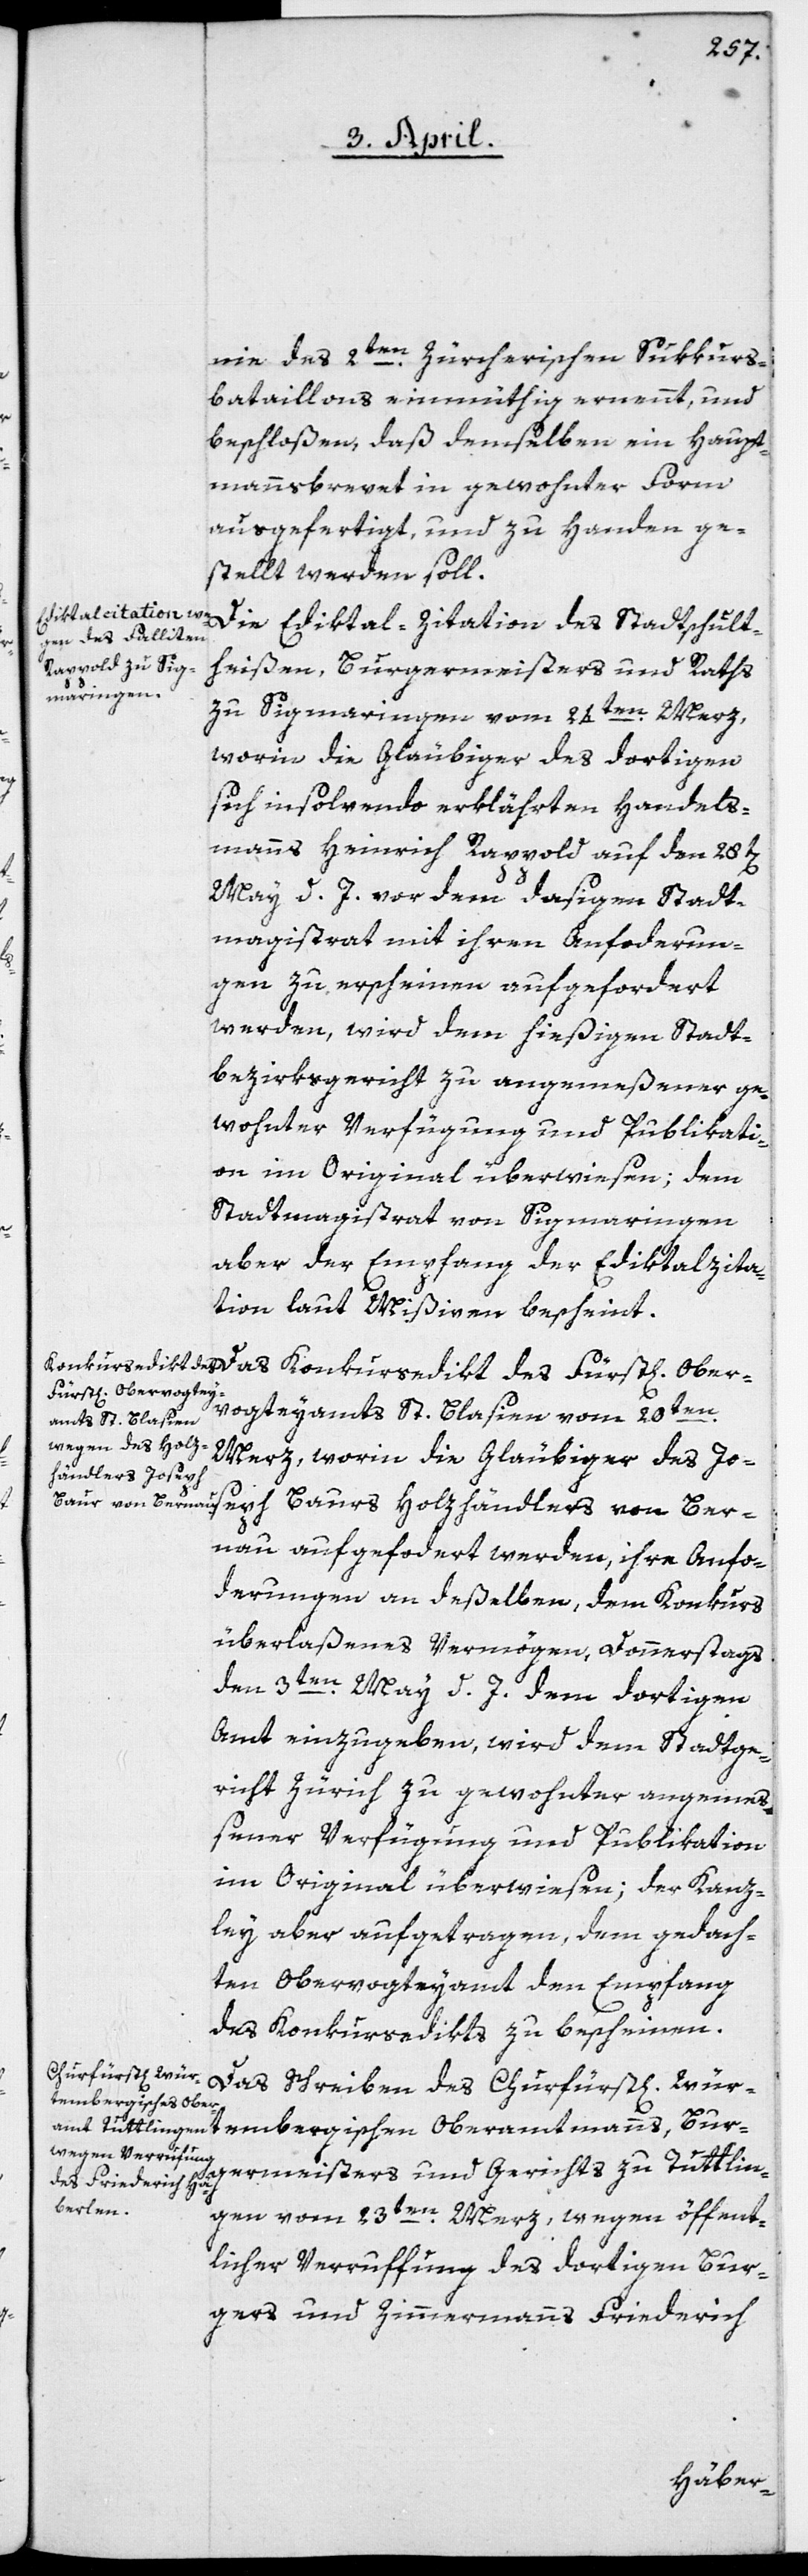
Ber¬
nie des 2ten Zürcherischen Sukkurs¬
bataillons einmüthig ernennt, und
beschloßen, daß demselben ein Haupt¬
mannsbrevet in gewohnter Form
ausgefertigt und zu Handen ge¬
stellt werden soll.
mtmanns, Burgermeisters und Gerichts
zu Sigmaringen vom 24ten Merz,
worin die Gläubiger des dortigen
sich insolvendo erklährten Handels¬
manns Heinrich Rappold auf den 28t[en]
May d. J. vor dem dasigen Stadt¬
magistrat mit ihren Anforderun¬
gen zu erscheinen aufgefordert
werden, wird dem hießigen Stadt¬
bezirksgericht zu angemeßener ge¬
wohnter Verfügung und Publikati¬
on im Original überwiesen; dem
Stadtmagistrat von Sigmaringen
aber der Empfang der Ediktalzita¬
tion laut Mißiven bescheint.
vogteyamts St. Blasien vom 20ten
Merz, worin die Gläubiger des Joseph
nau, aufgefordert werden, ihre Anfor¬
derungen an deßelben, dem Konkurs
überlaßenes Vermögen, Donnerstags
den 3ten May d. J. dem dortigen
Amt einzugeben, wird dem Stadtge¬
richt Zürich zu gewohnter angemeß¬
ener Verfügung und Publikation
im Original überwiesen; der Kanz¬
ley aber aufgetragen, dem gedach¬
ten Obervorgteyamt den Empfang
des Konkursedikts zu bescheinen.
Das Schreiben des Churfürst[lichen] Wür¬
tembergischen Obera¬
Tuttlin¬
gen vom 23ten Merz, wegen öffent¬
licher Verruffung des dortigen Bur¬
gers und Zimmermanns Friederich
Ober¬